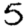
Digit: 5